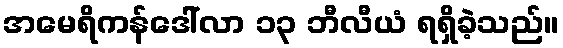
အမေရိကန်ဒေါ်လာ ၁၃ ဘီလီယံ ရရှိခဲ့သည်။